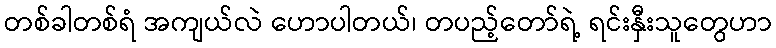
တစ်ခါတစ်ရံ အကျယ်လဲ ဟောပါတယ်၊ တပည့်တော်ရဲ့ ရင်းနှီးသူတွေဟာ